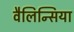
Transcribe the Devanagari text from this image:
वैलिन्सिया